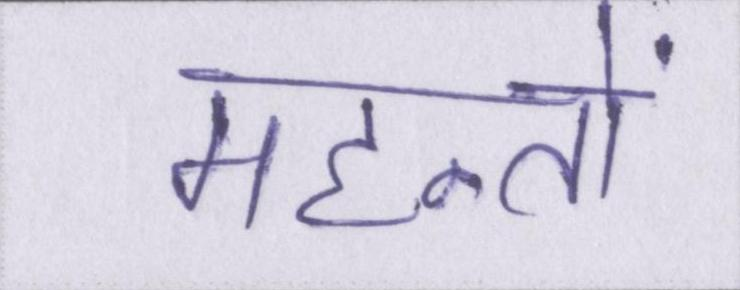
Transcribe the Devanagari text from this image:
महन्तों